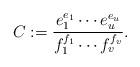
LaTeX: \begin{align*}C:=\frac{e_1^{e_1}\cdots e_u^{e_u}}{f_1^{f_1}\cdots f_v^{f_v}}.\end{align*}